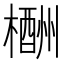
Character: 𣜙